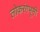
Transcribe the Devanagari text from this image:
लोकरंगभूमी